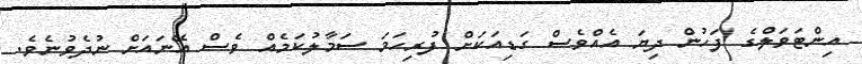
އިންޓަވަލްގެ ފަހުން ދިޔަ އެއްވެސް ގަޑިއަކަށް ފުރިހަމަ ސަމާލުކަމެއް ވެސް އޭނައަށް ނުދެވުނެވެ.